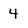
Character: 4